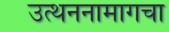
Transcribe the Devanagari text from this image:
उत्थननामागचा